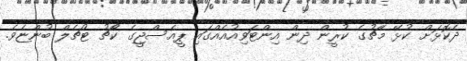
ދެކޮޅަށް ކުޅޭ މެޗުގެ ކުރީން ދިން އިންޓަވިއުއެއްގައި ޕީއެސްޖީގެ ކޯޗު ޓުޗެލް ބުންޏެވެ.